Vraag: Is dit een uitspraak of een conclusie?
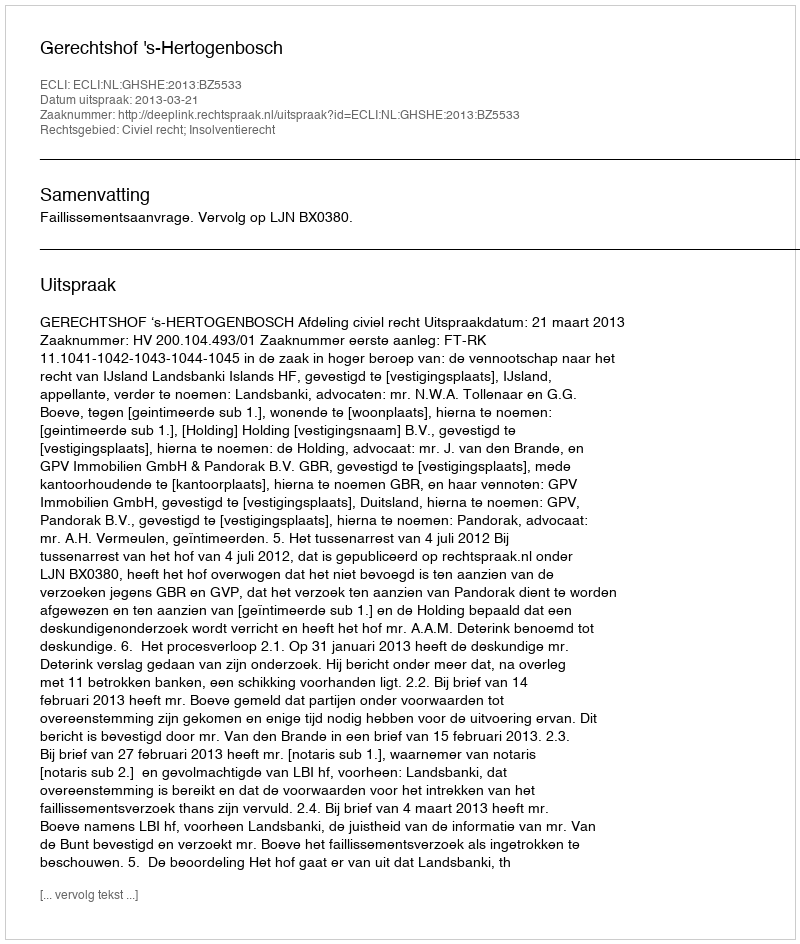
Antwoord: Uitspraak